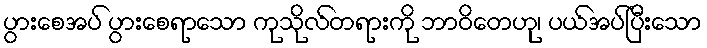
ပွားစေအပ် ပွားစေရာသော ကုသိုလ်တရားကို ဘာဝိတေဟု၊ ပယ်အပ်ပြီးသော